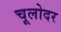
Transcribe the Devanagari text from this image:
चूलोदर